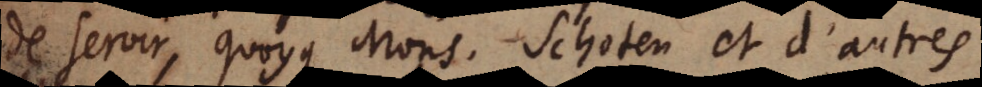
de servir, quoyque Mons. Schoten et d’autres